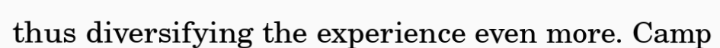
thus diversifying the experience even more. Camp